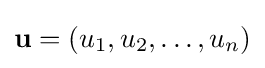
\mathbf {u} =\left(u_{1},u_{2},\ldots ,u_{n}\right)